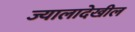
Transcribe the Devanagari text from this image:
ज्यालादेखील